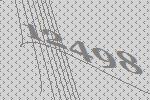
12498